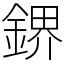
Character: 鎅